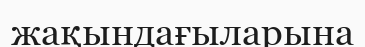
жақындағыларына